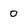
Character: 0